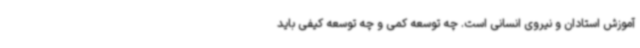
آموزش استادان و نیروی انسانی است. چه توسعه کمی و چه توسعه کیفی باید